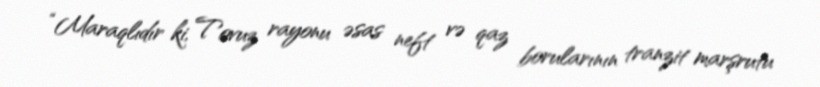
“Maraqlıdır ki, Tovuz rayonu əsas neft və qaz borularının tranzit marşrutu